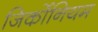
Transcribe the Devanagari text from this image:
जिर्कोनियम